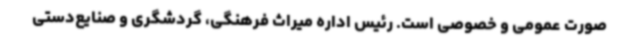
صورت عمومی و خصوصی است. رئیس اداره میراث فرهنگی، گردشگری و صنایع‌دستی